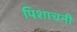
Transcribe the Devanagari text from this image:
पिशाचनी